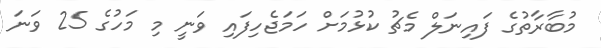
މުބާރާތުގެ ފައިނަލް މެޗު ކުޅުމަށް ހަމަޖެހިފައި ވަނީ މި މަހުގެ 25 ވަނަ